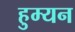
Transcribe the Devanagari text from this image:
हुम्यन